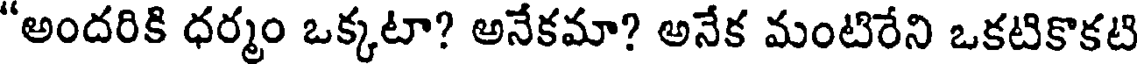
"అందరికి ధర్మం ఒక్కటా? అనేకమా? అనేక మంటిరేని ఒకటికొకటి